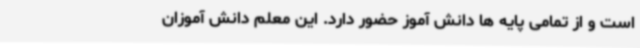
است و از تمامی پایه ها دانش آموز حضور دارد. این معلم دانش آموزان